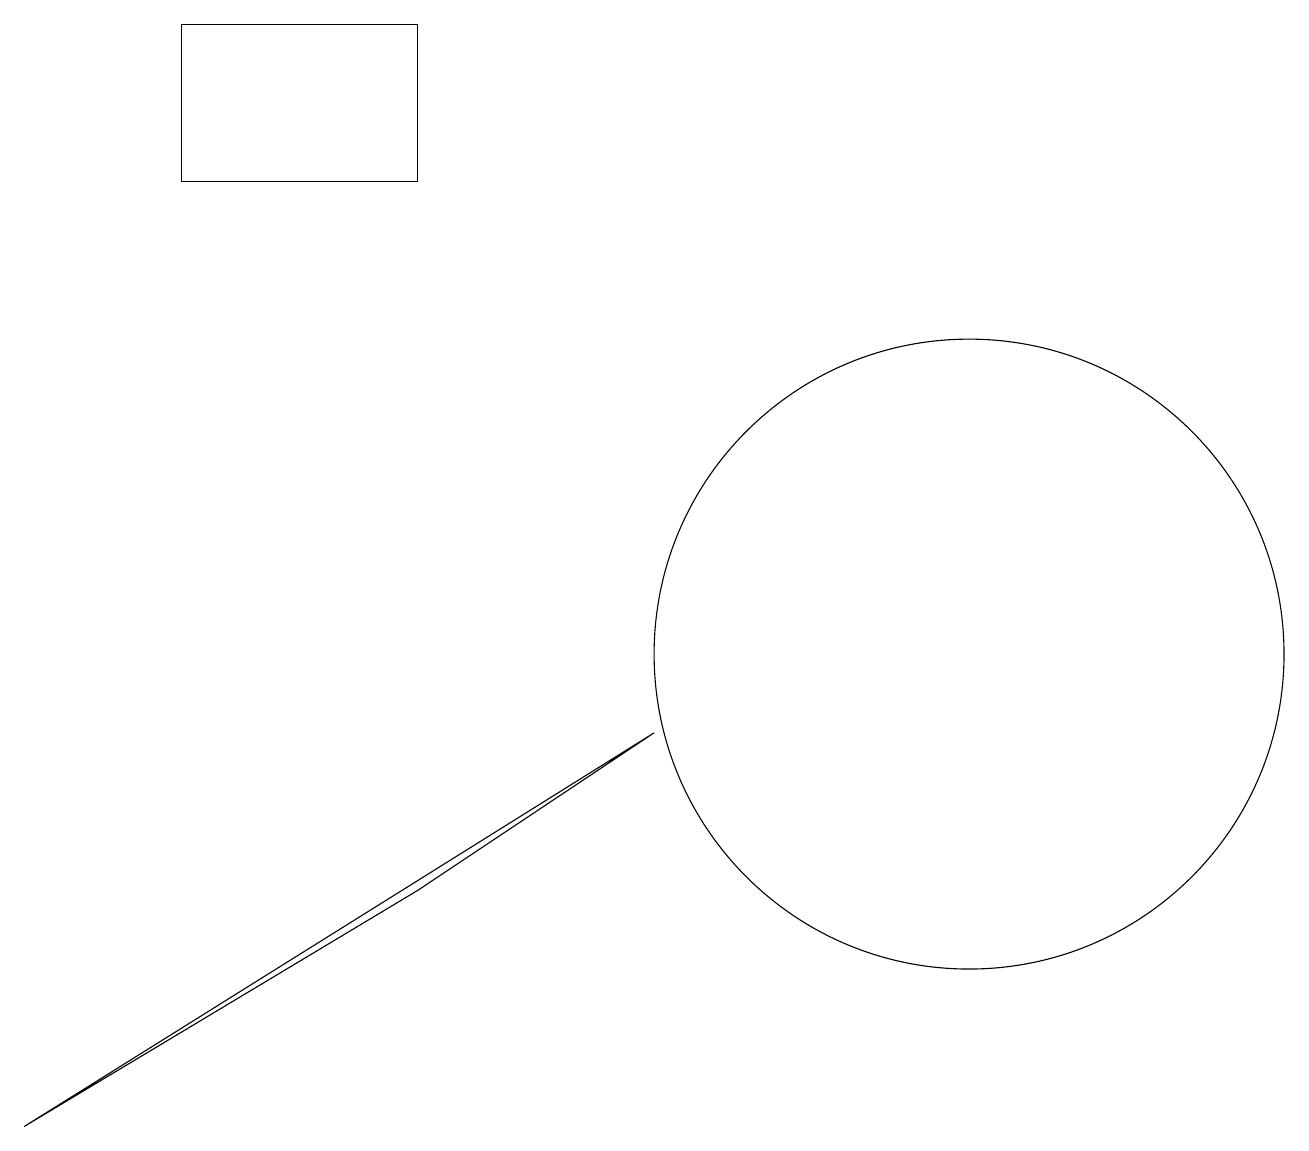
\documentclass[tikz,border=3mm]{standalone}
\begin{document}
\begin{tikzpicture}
\draw (12,10) circle (4);
\draw (2,18) rectangle (5,16);
\draw (0,4) -- (8,9) -- (5,7) -- cycle;
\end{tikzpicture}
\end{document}